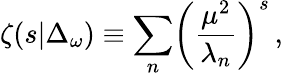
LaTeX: \zeta(s\vert\Delta_{\omega})\equiv\sum_{n}\biggl({\frac{\mu^{2}}{\lambda_{n}}}\biggr)^{s}\, ,